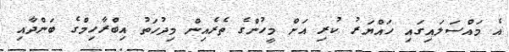
އެ މައްސަލައިގައި ހައްޔަރު ކުރި އަށް މީހުންގެ ތެރެއިން މިދުހަތު އިބްރާހިމްގެ ބަންދާއި